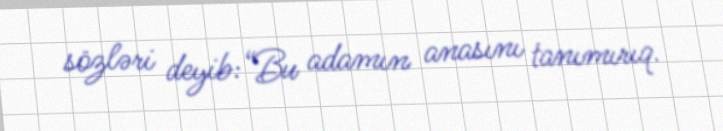
sözləri deyib:“Bu adamın anasını tanımırıq.